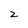
Character: 2